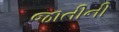
જાતીની